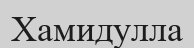
Хамидулла